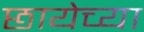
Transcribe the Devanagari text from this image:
छायेच्या